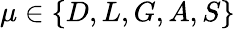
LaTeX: \mu\in\{ D,L,G,A,S\}